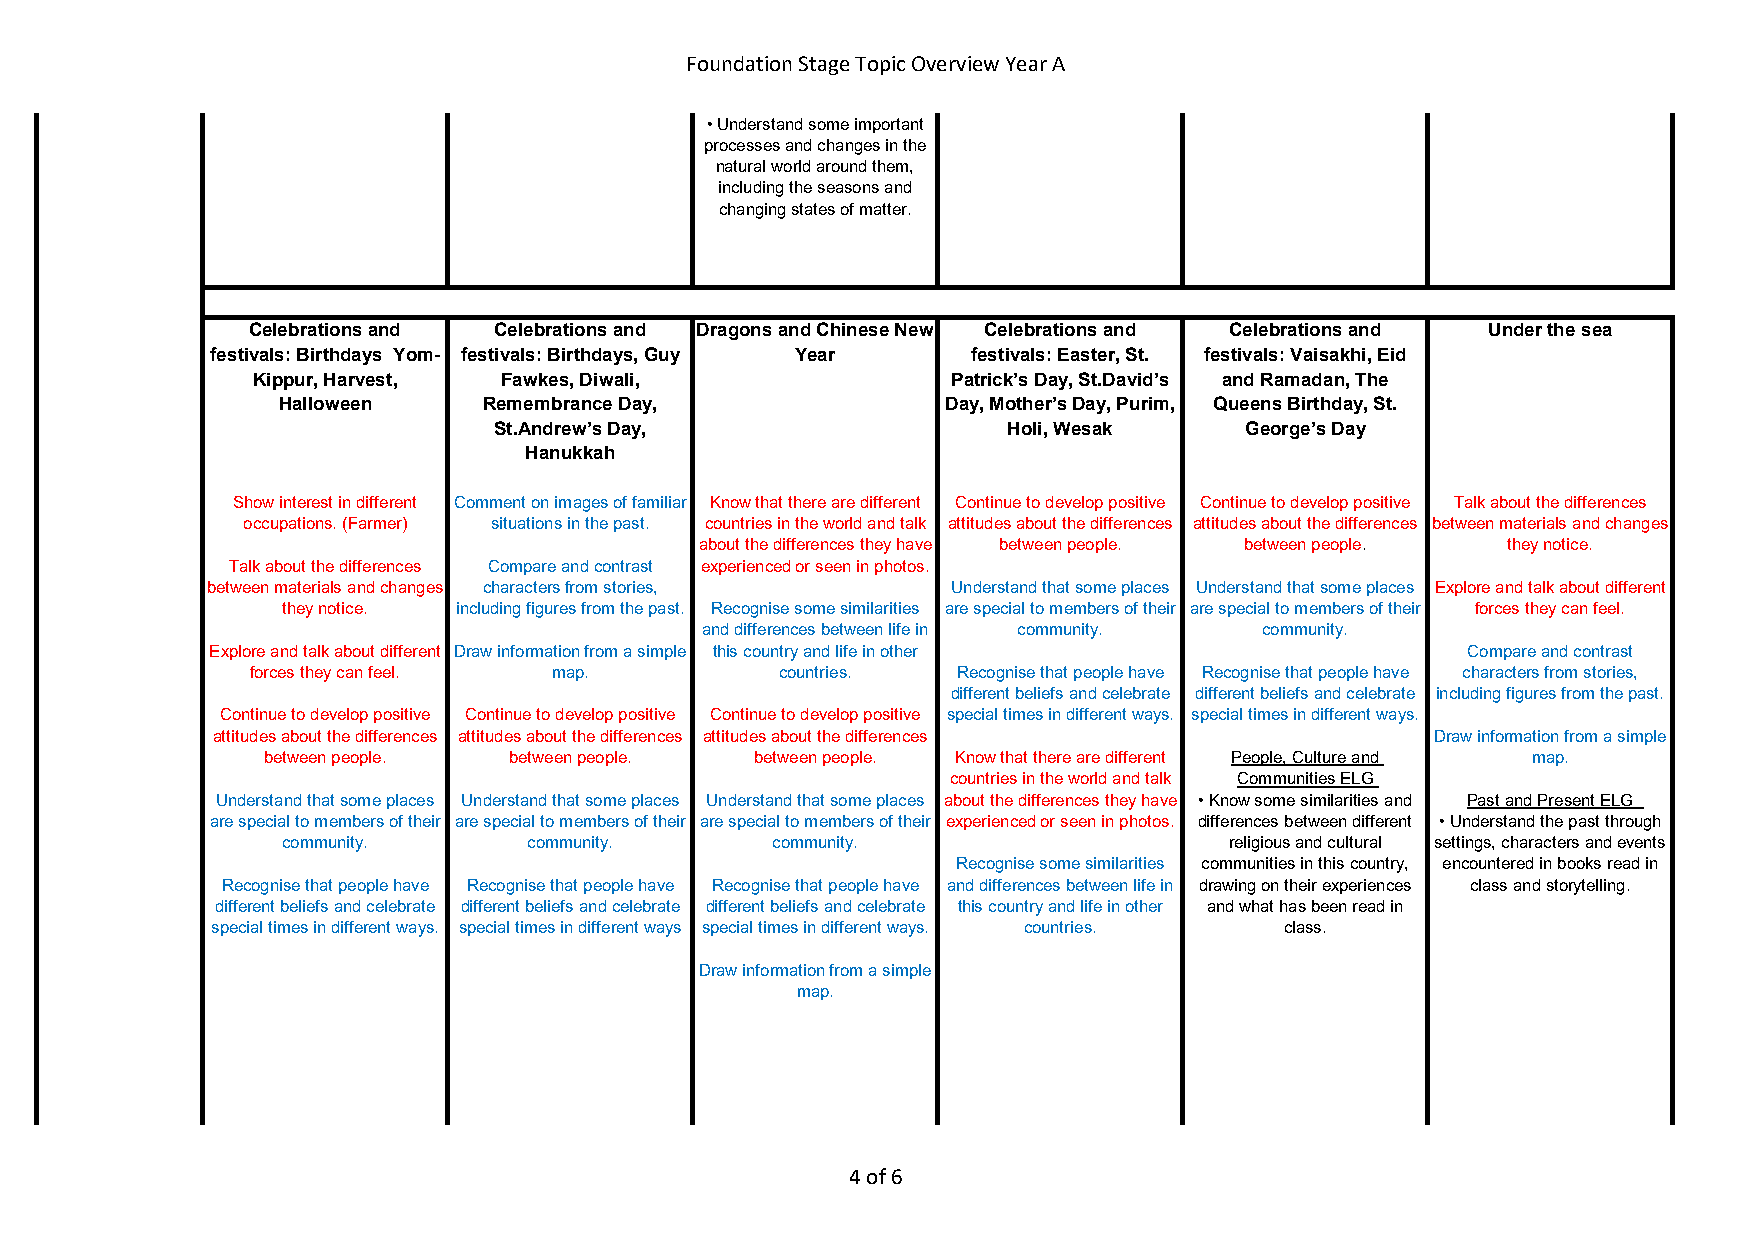
Foundation Stage Topic Overview Year A
 • Understand some important
 processes and changes in the
 natural world around them,
 including the seasons and
 changing states of matter.
 Celebrations and Celebrations and Dragons and Chinese New Celebrations and Celebrations and Under the sea
 festivals: Birthdays Yom- festivals: Birthdays, Guy Year festivals: Easter, St. festivals: Vaisakhi, Eid
 Kippur, Harvest, Fawkes, Diwali,              Patrick’s Day, St.David’s and Ramadan, The
 Halloween     Remembrance Day,               Day, Mother’s Day, Purim, Queens Birthday, St.
 St.Andrew’s Day,                  Holi, Wesak    George’s Day
 Hanukkah
 Show interest in different Comment on images of familiar Know that there are different Continue to develop positive Continue to develop positive Talk about the differences
 occupations. (Farmer) situations in the past. countries in the world and talk attitudes about the differences attitudes about the differences between materials and changes
 about the differences they have between people. between people. they notice.
 Talk about the differences Compare and contrast experienced or seen in photos.
 between materials and changes characters from stories, Understand that some places Understand that some places Explore and talk about different
 they notice. including figures from the past. Recognise some similarities are special to members of their are special to members of their forces they can feel.
 and differences between life in community. community.
 Explore and talk about different Draw information from a simple this country and life in other Compare and contrast
 forces they can feel. map.         countries. Recognise that people have Recognise that people have characters from stories,
 different beliefs and celebrate different beliefs and celebrate including figures from the past.
 Continue to develop positive Continue to develop positive Continue to develop positive special times in different ways. special times in different ways.
 attitudes about the differences attitudes about the differences attitudes about the differences Draw information from a simple
 between people.  between people. between people. Know that there are different People, Culture and map.
 countries in the world and talk Communities ELG
 Understand that some places Understand that some places Understand that some places about the differences they have • Know some similarities and Past and Present ELG
 are special to members of their are special to members of their are special to members of their experienced or seen in photos. differences between different • Understand the past through
 community.      community.      community.                    religious and cultural settings, characters and events
 Recognise some similarities communities in this country, encountered in books read in
 Recognise that people have Recognise that people have Recognise that people have and differences between life in drawing on their experiences class and storytelling.
 different beliefs and celebrate different beliefs and celebrate different beliefs and celebrate this country and life in other and what has been read in
 special times in different ways. special times in different ways special times in different ways. countries. class.
 Draw information from a simple
 map.
 4 of 6